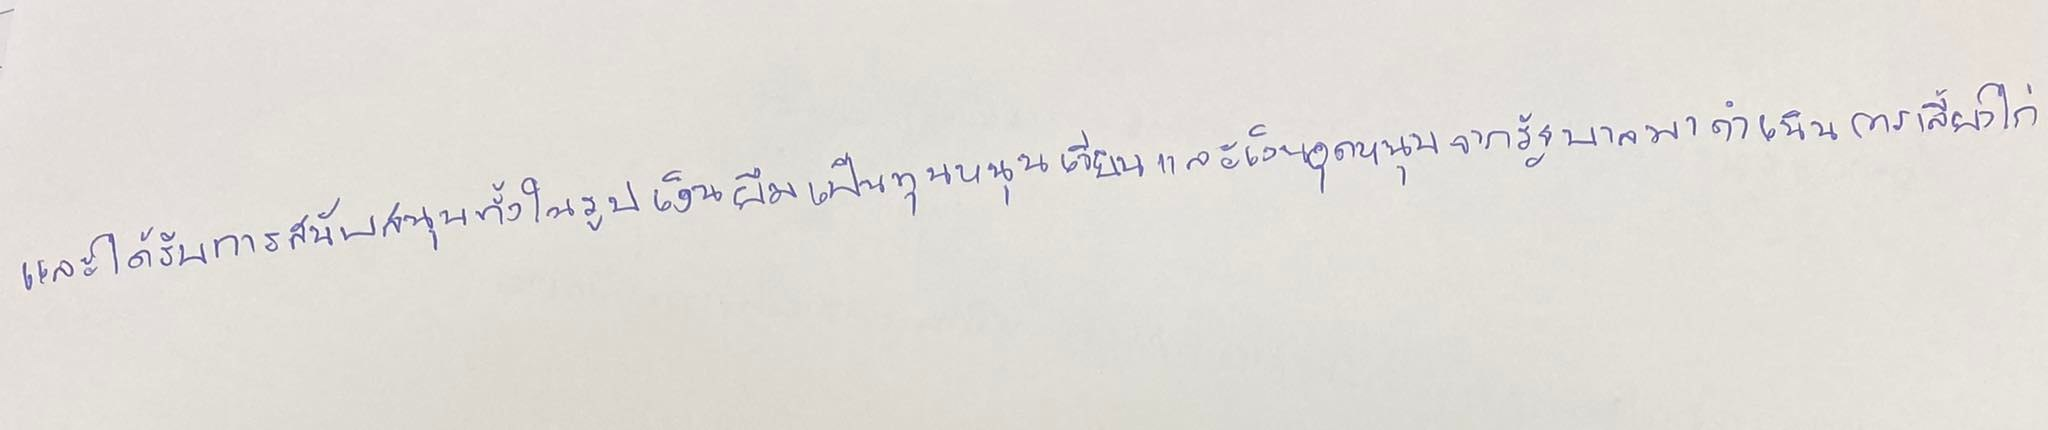
และได้รับการสนับสนุนทั้งในรูปเงินยืมเป็นทุนหมุนเวียนและเงินอุดหนุนจากรัฐบาลมาดำเนินการเลี้ยงไก่